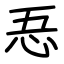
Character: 忢